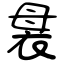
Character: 袰